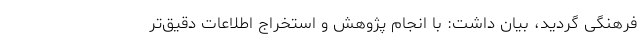
فرهنگی گردید، بیان داشت: با انجام پژوهش و استخراج اطلاعات دقیق‌تر